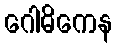
ဂေါဓိကေန